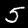
Digit: 5